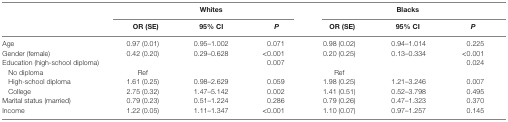
| <ROWSPAN=2>  | <COLSPAN=3> Whites | <COLSPAN=3> Blacks |
 | OR (SE) | 95% CI | P | OR (SE) | 95% CI | P |
 | --- | --- | --- | --- | --- | --- | --- |
 | Age | 0.97 (0.01) | 0.95–1.002 | 0.071 | 0.98 (0.02) | 0.94–1.014 | 0.225 |
 | Gender (female) | 0.42 (0.20) | 0.29–0.628 | <0.001 | 0.20 (0.25) | 0.13–0.334 | <0.001 |
 | Education (high-school diploma) |  |  | 0.007 |  |  | 0.024 |
 | No diploma | Ref |  |  | Ref |  |  |
 | High-school diploma | 1.61 (0.25) | 0.98–2.629 | 0.059 | 1.98 (0.25) | 1.21–3.246 | 0.007 |
 | College | 2.75 (0.32) | 1.47–5.142 | 0.002 | 1.41 (0.51) | 0.52–3.798 | 0.495 |
 | Marital status (married) | 0.79 (0.23) | 0.51–1.224 | 0.286 | 0.79 (0.26) | 0.47–1.323 | 0.370 |
 | Income | 1.22 (0.05) | 1.11–1.347 | <0.001 | 1.10 (0.07) | 0.97–1.257 | 0.145 |